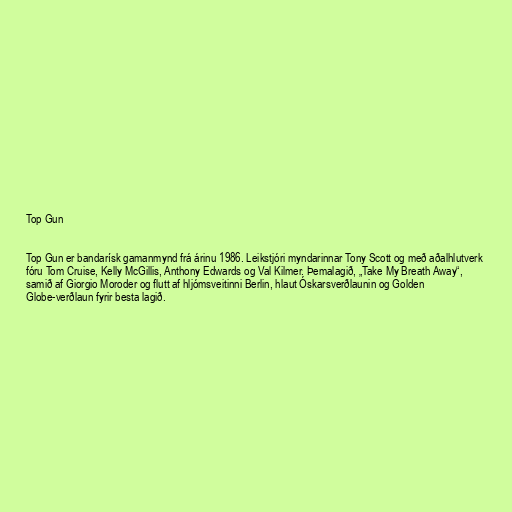
Top Gun

Top Gun er bandarísk gamanmynd frá árinu 1986. Leikstjóri myndarinnar Tony Scott og með aðalhlutverk
fóru Tom Cruise, Kelly McGillis, Anthony Edwards og Val Kilmer. Þemalagið, „Take My Breath Away“,
samið af Giorgio Moroder og flutt af hljómsveitinni Berlin, hlaut Óskarsverðlaunin og Golden
Globe-verðlaun fyrir besta lagið.